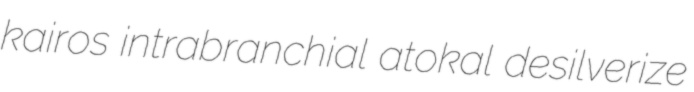
kairos intrabranchial atokal desilverize